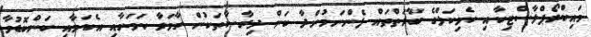
މައިކްރޯޕްލާސްޓިކާއި ކެމިކަލްގެ ބާވަތްތައް ފެންނަމުންދާ ކަން ދިރާސާތަކުން ހާމަވާ ކަމަށާއި އެކަމާއި ކަންބޮޑުވާ